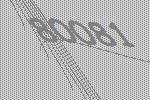
80081